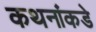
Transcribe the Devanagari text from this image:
कथनांकडे